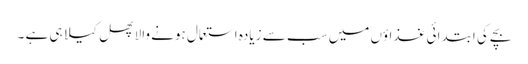
بچے کی ابتدائی غذاؤں میں سب سے زیادہ استعمال ہونے والا پھل کیلا ہی ہے ۔